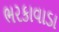
ભરકાવાડા